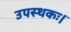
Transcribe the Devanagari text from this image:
उपस्थकः।